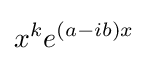
x^{k}e^{(a-ib)x}